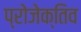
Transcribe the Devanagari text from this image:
प्रोजेक्तिव